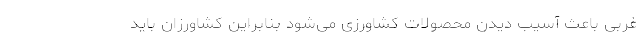
غربی باعث آسیب دیدن محصولات کشاورزی می‌شود بنابراین کشاورزان باید